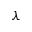
\lambda